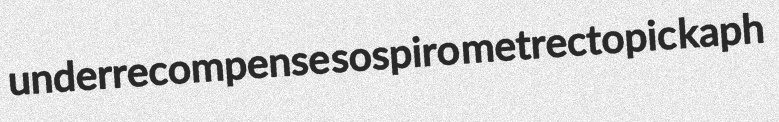
underrecompense sospiro metrectopic kaph